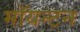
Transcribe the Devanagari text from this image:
मॉयन्टन